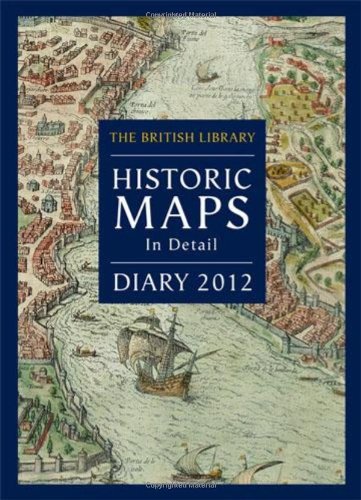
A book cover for British Library Pocket Diary 2012: Historic Maps in Detail; Calendars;